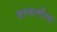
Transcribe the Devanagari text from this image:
बान्धणीच्या